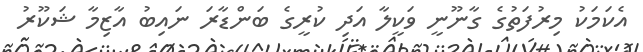
އެކަމަކު މިރުފަތުގެ ގާނޫނީ ވަކީލާ އަދި ކުރީގެ ބަންޑާރަ ނައިބު އާޒިމާ ޝަކޫރު